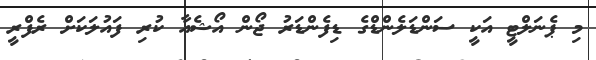
މި ޕެނަލްޓީ އަކީ ސަންޑަލެންޑްގެ ޑިފެންޑަރު ޖޯން އޯޝެއާ ކުރި ފައުލަކަށް ރެފްރީ